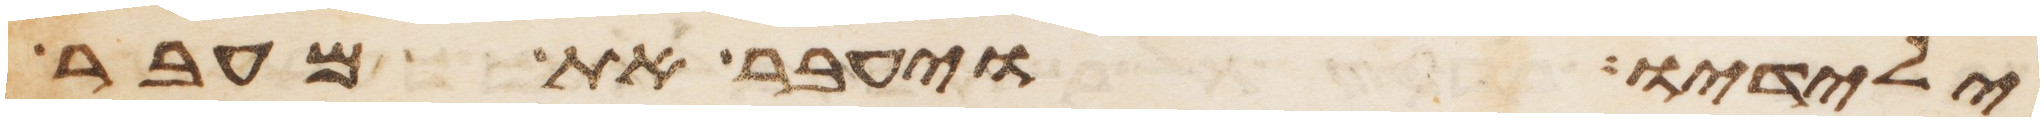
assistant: ילידיו ויעבר את מעבר